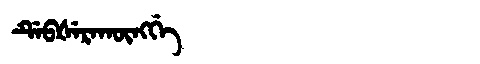
Manchu: ᡩᡝᠪᡧᡝᡵᠠᡴᡡᠩᡤᡝ
Romanization: DEBŠERAKŪNGGE